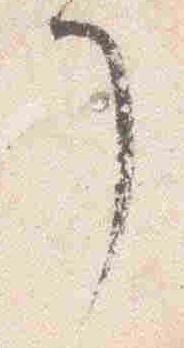
了